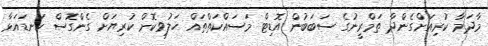
މާދަމާ ކުރިއަށްގެންދާ ތަމްރީނުގެ ސަބަބުން އޮޑިޓް މަސައްކަތްތައް ހަލުވިކޮށް ކުރިޔަށް ގެންގޮސް ކަނޑައަޅާ